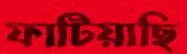
ফাটিয়াছি